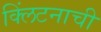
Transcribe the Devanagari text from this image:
क्लिंटनाची